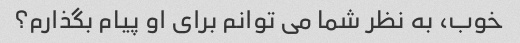
خوب، به نظر شما می توانم برای او پیام بگذارم؟